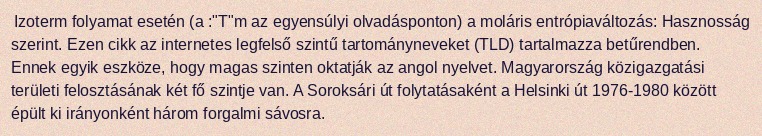
Izoterm folyamat esetén (a :"T"m az egyensúlyi olvadásponton) a moláris entrópiaváltozás: Hasznosság szerint. Ezen cikk az internetes legfelső szintű tartományneveket (TLD) tartalmazza betűrendben. Ennek egyik eszköze, hogy magas szinten oktatják az angol nyelvet. Magyarország közigazgatási területi felosztásának két fő szintje van. A Soroksári út folytatásaként a Helsinki út 1976-1980 között épült ki irányonként három forgalmi sávosra.